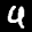
Label: 4